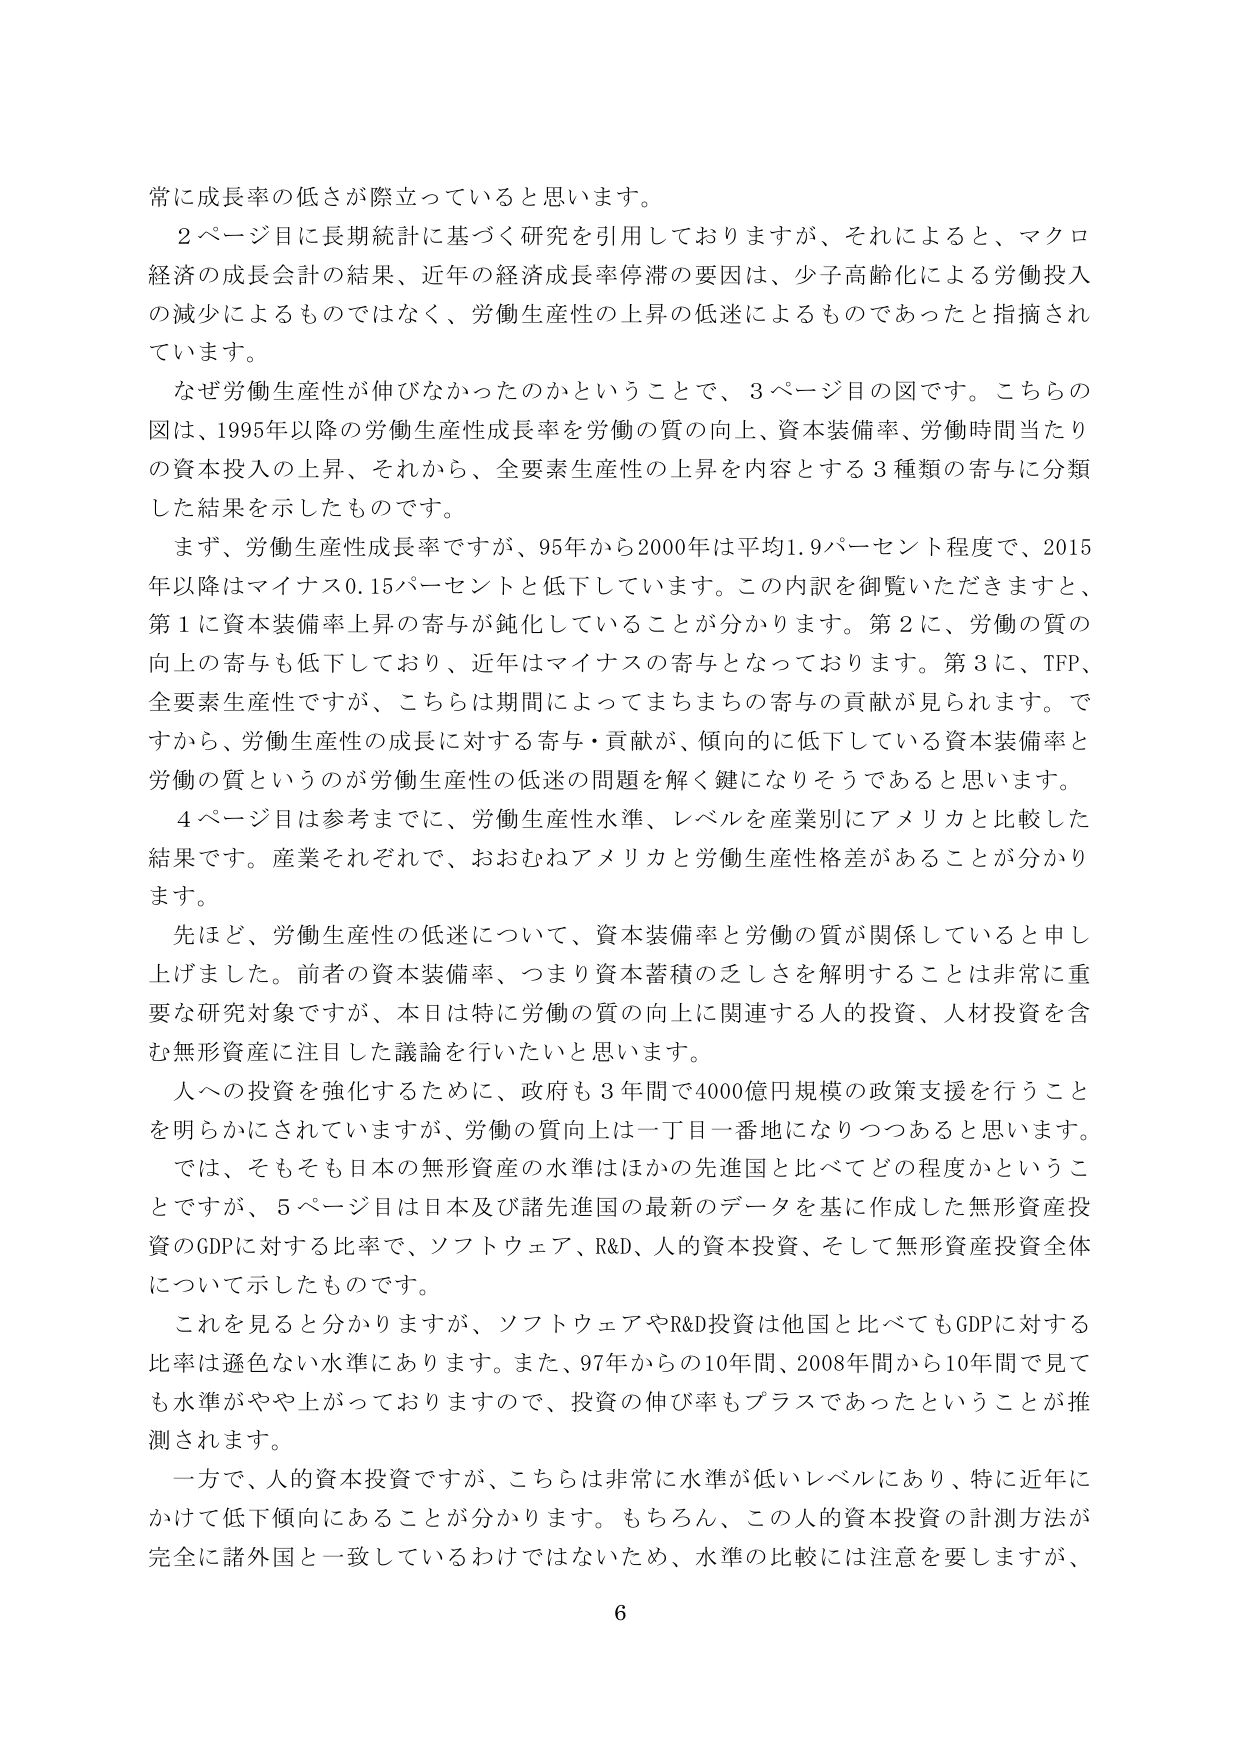
常に成長率の低さが際立っていると思います。

２ページ目に長期統計に基づく研究を引用しておりますが、それによると、マクロ経済の成長会計の結果、近年の経済成長率停滞の要因は、少子高齢化による労働投入の減少によるものではなく、労働生産性の上昇の低迷によるものであったと指摘されています。

なぜ労働生産性が伸びなかったのかということで、３ページ目の図です。こちらの図は、1995年以降の労働生産性成長率を労働の質の向上、資本装備率、労働時間当たりの資本投入の上昇、それから、全要素生産性の上昇を内容とする３種類の寄与に分類した結果を示したものです。

まず、労働生産性成長率ですが、95年から2000年は平均1.9パーセント程度で、2015年以降はマイナス0.15パーセントと低下しています。この内訳を御覧いただきますと、第１に資本装備率上昇の寄与が鈍化していることが分かります。第２に、労働の質の向上の寄与も低下しており、近年はマイナスの寄与となっております。第３に、TFP、全要素生産性ですが、こちらは期間によってまちまちの寄与の貢献が見られます。ですから、労働生産性の成長に対する寄与・貢献が、傾向的に低下している資本装備率と労働の質というのが労働生産性の低迷の問題を解く鍵になりそうであると思います。

４ページ目は参考までに、労働生産性水準、レベルを産業別にアメリカと比較した結果です。産業それぞれで、おおむねアメリカと労働生産性格差があることが分かります。

先ほど、労働生産性の低迷について、資本装備率と労働の質が関係していると申し上げました。前者の資本装備率、つまり資本蓄積の乏しさを解明することは非常に重要な研究対象ですが、本日は特に労働の質の向上に関連する人的投資、人材投資を含む無形資産に注目した議論を行いたいと思います。

人への投資を強化するために、政府も３年間で4000億円規模の政策支援を行うことを明らかにされていますが、労働の質向上は一丁目一番地になりつつあると思います。

では、そもそも日本の無形資産の水準はほかの先進国と比べてどの程度かということですが、５ページ目は日本及び諸先進国の最新のデータを基に作成した無形資産投資のGDPに対する比率で、ソフトウェア、R&D、人的資本投資、そして無形資産投資全体について示したものです。

これを見ると分かりますが、ソフトウェアやR&D投資は他国と比べてもGDPに対する比率は遜色ない水準にあります。また、97年からの10年間、2008年間から10年間で見ても水準がやや上がっておりまして、投資の伸び率もプラスであったということが推測されます。

一方で、人的資本投資ですが、こちらは非常に水準が低いレベルにあり、特に近年にかけて低下傾向にあることが分かります。もちろん、この人的資本投資の計測方法が完全に諸外国と一致しているわけではないため、水準の比較には注意を要しますが、

6